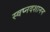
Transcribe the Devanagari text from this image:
स्वप्नदशानन